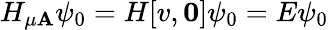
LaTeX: H_{\mu\mathbf{A}}\psi_{0}=H[v,\mathbf{0}]\psi_{0}=E\psi_{0}